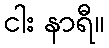
ငါး နာရီ။